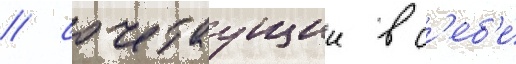
/ сочетаущии в с'еб'е́